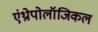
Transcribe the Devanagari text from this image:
एंथ्रोपोलॉजिकल